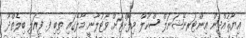
ޣިޔާޘުއްދީން އިންޓަރނޭޝަނަލް ސްކޫލް މިފޮށްޓަށް ވޯޓުލާނީ މާލޭގައި ތިބި ފ. ފީއަލި ބިލެތްދޫ